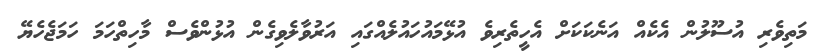
މަތިވެރި އުސޫލުން އެކެއް އަނެކަކަށް އެހީތެރިވެ އުޅޭމައުހައުލެއްގައި އަރުވާލެވިގެން އުޅުންވެސް މާހިތްހަމަ ހަމަަޖެހެޔޭ